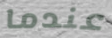
عندما